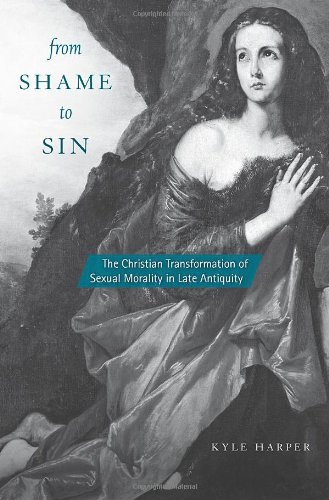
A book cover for From Shame to Sin: The Christian Transformation of Sexual Morality in Late Antiquity (Revealing Antiquity); Kyle Harper; Religion & Spirituality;